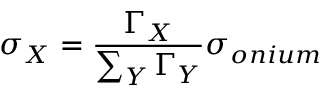
\sigma _ { X } = \frac { \Gamma _ { X } } { \sum _ { Y } \Gamma _ { Y } } \sigma _ { o n i u m }